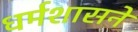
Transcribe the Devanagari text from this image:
धर्मशासने